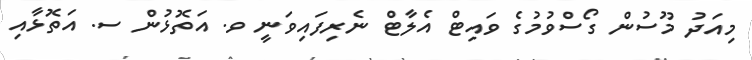
މިއަދު މޫސުން ގޯސްވުމުގެ ވައިޓް އެލާޓް ނެރިފައިވަނީ ވ. އަތޮޅުން ސ. އަތޮޅާއި